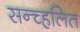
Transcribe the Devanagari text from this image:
सन्च्हलित